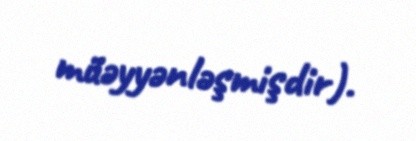
müəyyənləşmişdir).